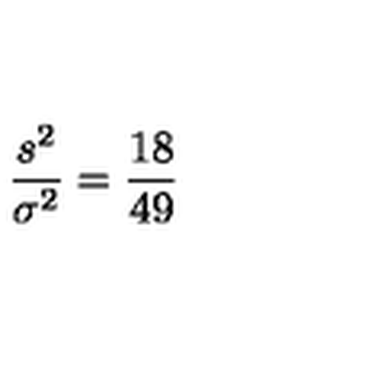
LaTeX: \frac { s ^ { 2 } } { \sigma ^ { 2 } } = \frac { 1 8 } { 4 9 }